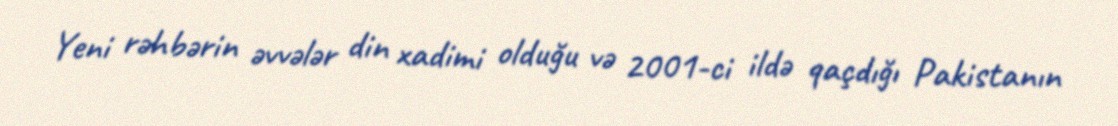
Yeni rəhbərin əvvələr din xadimi olduğu və 2001-ci ildə qaçdığı Pakistanın